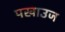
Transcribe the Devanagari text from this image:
पखाउज